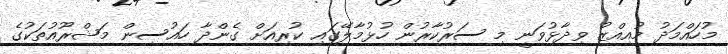
މުހައްމަދު މުއިއްޒު ވިދާޅުވަނީ މި ސަރުކާރުން ހުޅުމާލޭގައި ކުރިއަށް ގެންދާ ހައުސިން މަޝްރޫއުތަކުގެ